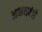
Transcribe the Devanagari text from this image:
अभयवंशे